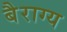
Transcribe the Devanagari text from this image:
बैराग्य